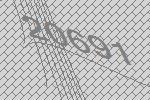
20691